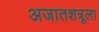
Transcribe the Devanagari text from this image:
अजातशत्रूला